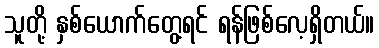
သူတို့ နှစ်ယောက်တွေ့ရင် ရန်ဖြစ်လေ့ရှိတယ်။